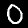
Label: 0